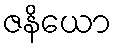
ဇနိယော